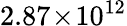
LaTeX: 2.87\! \times\! 10^{12}